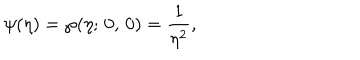
\psi ( \eta ) = \wp ( \eta ; \, 0 , \, 0 ) = { \frac { 1 } { \eta ^ { 2 } } } ,